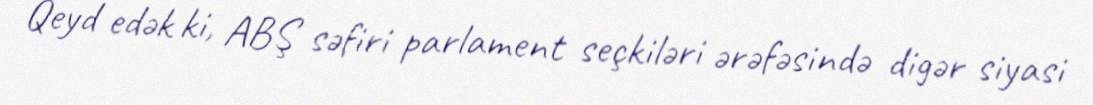
Qeyd edək ki, ABŞ səfiri parlament seçkiləri ərəfəsində digər siyasi